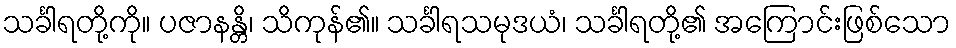
သင်္ခါရတို့ကို။ ပဇာနန္တိ၊ သိကုန်၏။ သင်္ခါရသမုဒယံ၊ သင်္ခါရတို့၏ အကြောင်းဖြစ်သော